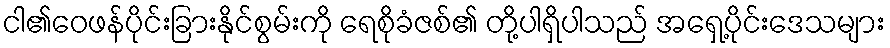
ငါ၏ဝေဖန်ပိုင်းခြားနိုင်စွမ်းကို ရေစိုခံဇစ်၏ တို့ပါရှိပါသည် အရှေ့ပိုင်းဒေသများ